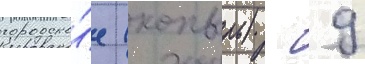
городско́е (копыль) - 9